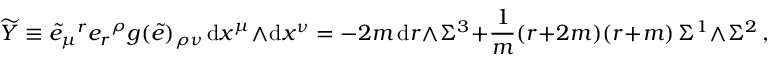
\widetilde Y \equiv \tilde { e } _ { \mu } { } ^ { r } e _ { r } { } ^ { \rho } g ( \tilde { e } ) _ { \rho \nu } \, \mathrm { d } x ^ { \mu } \wedge \mathrm { d } x ^ { \nu } = - 2 m \, \mathrm { d } r \wedge \Sigma ^ { 3 } + \frac { 1 } { m } ( r + 2 m ) ( r + m ) \, \Sigma ^ { 1 } \wedge \Sigma ^ { 2 } \, ,